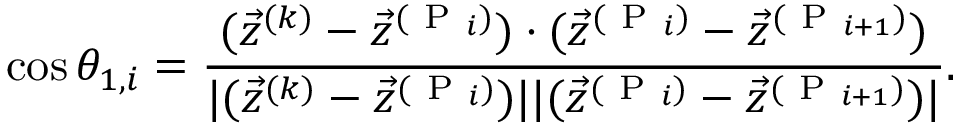
\cos \theta _ { 1 , i } = \frac { ( \vec { z } ^ { ( k ) } - \vec { z } ^ { ( \mathrm { ~ P ~ } _ { i } ) } ) \cdot ( \vec { z } ^ { ( \mathrm { ~ P ~ } _ { i } ) } - \vec { z } ^ { ( \mathrm { ~ P ~ } _ { i + 1 } ) } ) } { | ( \vec { z } ^ { ( k ) } - \vec { z } ^ { ( \mathrm { ~ P ~ } _ { i } ) } ) | | ( \vec { z } ^ { ( \mathrm { ~ P ~ } _ { i } ) } - \vec { z } ^ { ( \mathrm { ~ P ~ } _ { i + 1 } ) } ) | } .